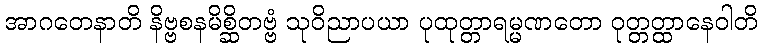
အာဂတေနာတိ နိဗ္ဗစနမိစ္ဆိတဗ္ဗံ သုဝိညာပယာ ပုထုတ္တာရမ္မဏတော ဝုတ္တတ္ထာနေဝါတိ